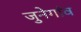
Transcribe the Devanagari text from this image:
जुनेगांव